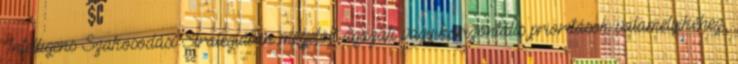
Intelligens Szakosodási Stratégiában megjelölt ágazati vagy horizontális prioritások valamelyikéhez,